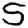
Digit: 5